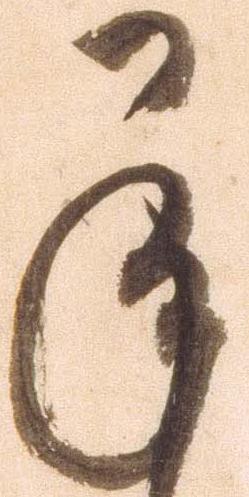
承